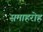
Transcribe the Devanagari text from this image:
समाहरोह